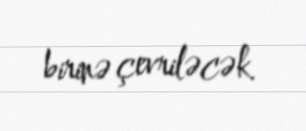
birinə çevriləcək.